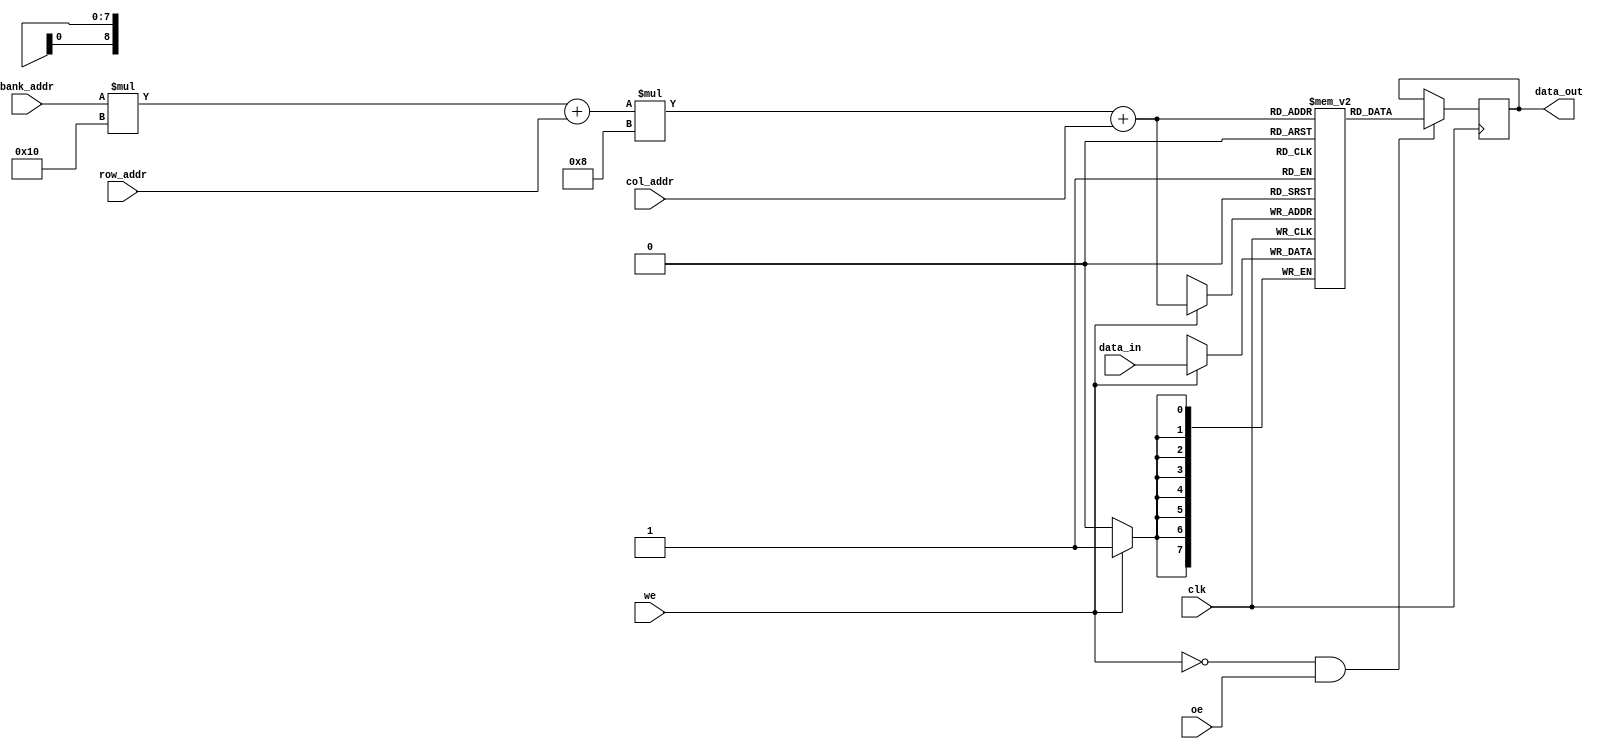
module MultiBankSRAM #(
    parameter NUM_BANKS = 4,    // Number of banks
    parameter ROWS = 16,         // Number of rows per bank
    parameter COLS = 8           // Number of columns per bank
)(
    input wire clk,              // Clock signal
    input wire we,               // Write Enable
    input wire oe,               // Output Enable
    input wire [log2(NUM_BANKS)-1:0] bank_addr, // Bank address
    input wire [log2(ROWS)-1:0] row_addr,       // Row address
    input wire [log2(COLS)-1:0] col_addr,       // Column address
    input wire [7:0] data_in,    // Data input
    output reg [7:0] data_out     // Data output
);

    // Memory declaration
    reg [7:0] memory[NUM_BANKS-1:0][ROWS-1:0][COLS-1:0];

    // Address decoding and read/write logic
    always @(posedge clk) begin
        if (we) begin
            // Write operation
            memory[bank_addr][row_addr][col_addr] <= data_in;
        end
    end

    always @(posedge clk) begin
        if (~we && oe) begin
            // Read operation
            data_out <= memory[bank_addr][row_addr][col_addr];
        end
    end

    // Log2 function for parameterized indexing
    function integer log2;
        input integer value;
        begin
            log2 = 0;
            while(2**log2 < value) begin
                log2 = log2 + 1;
            end
        end
    endfunction

endmodule